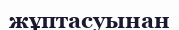
жұптасуынан